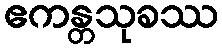
ဧကန္တသုခဿ